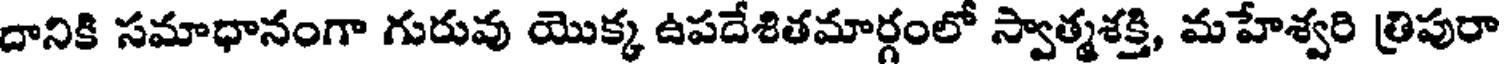
దానికి సమాధానంగా గురువు యొక్క ఉపదేశితమార్గంలో స్వాత్మశక్తి, మహేశ్వరి త్రిపురా